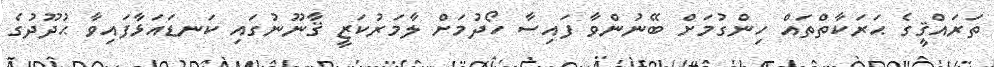
ތަރައްޤީގެ ޙަރަކާތްތައް ހިންގުމަށް ބޭނުންވާ ފައިސާ ހޯދުމަށް ލާމަރުކަޒީ ޤާނޫނުގައި ކަނޑައަޅާފައިވާ ޙުދޫދުގެ